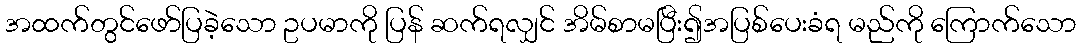
အထက်တွင်ဖော်ပြခဲ့သော ဥပမာကို ပြန် ဆက်ရလျှင် အိမ်စာမပြီး၍အပြစ်ပေးခံရ မည်ကို ကြောက်သော